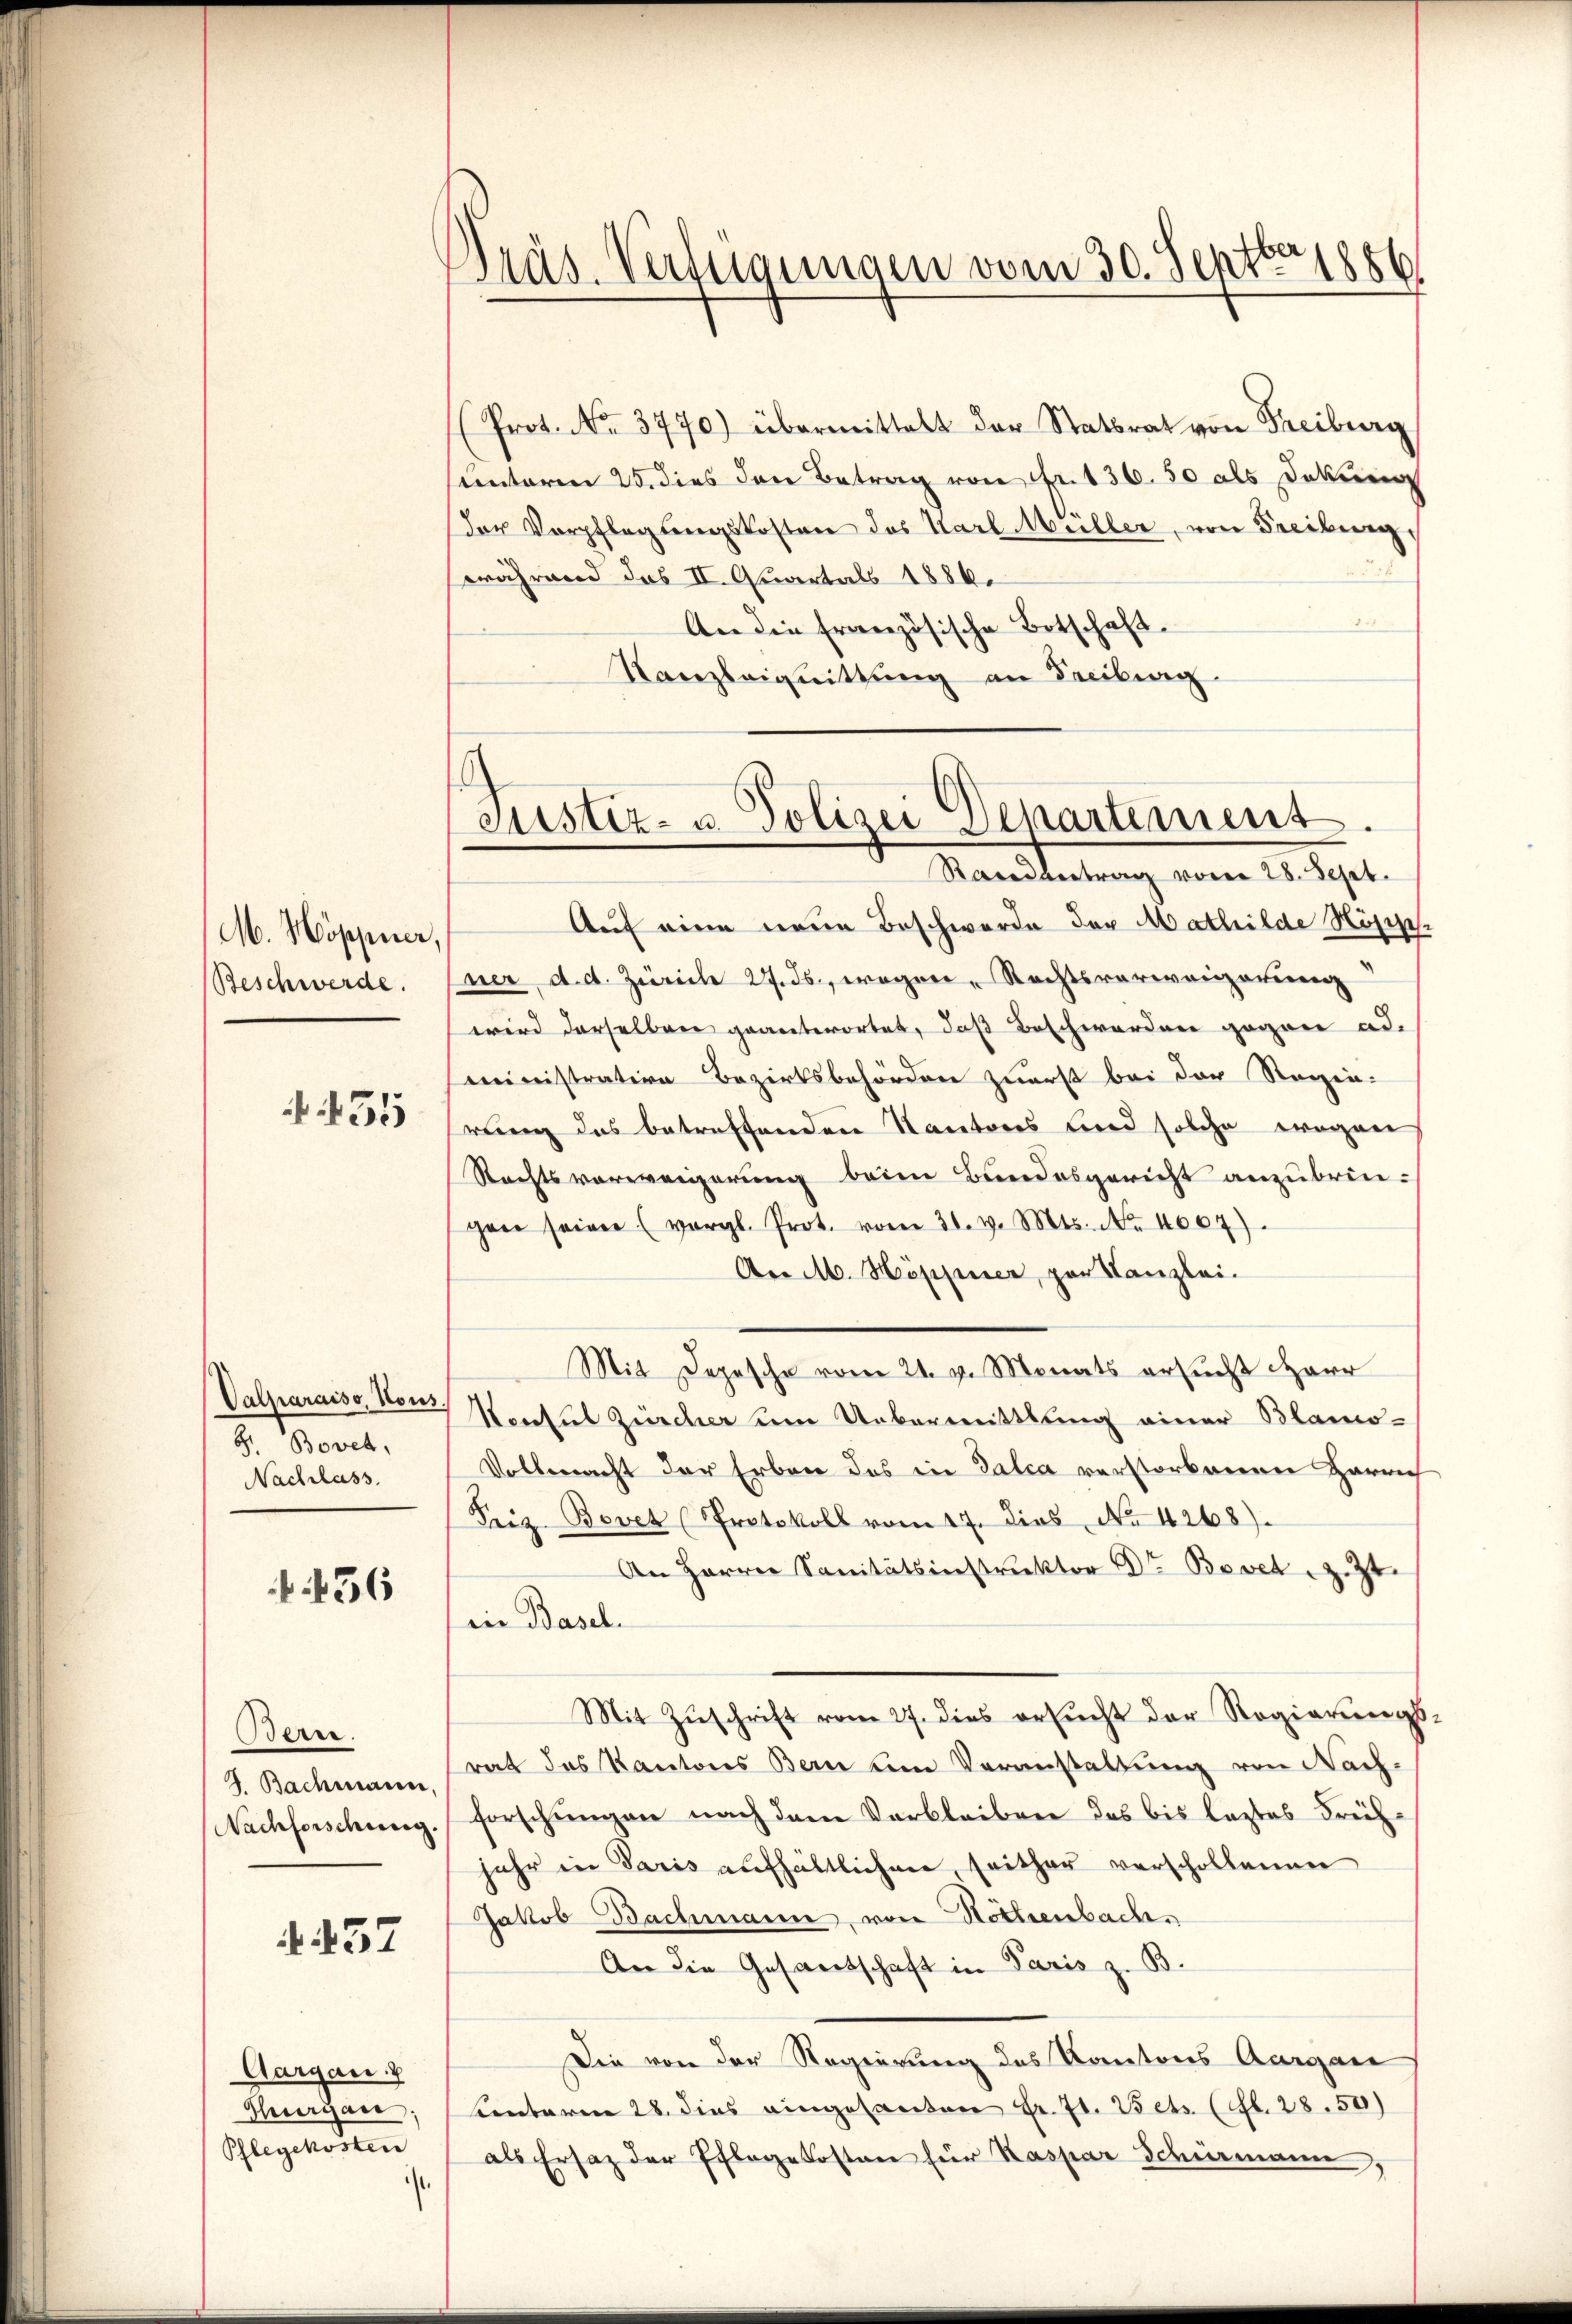
M. Hoppier,
Beschwerde.

455

Valparaiso, Nous.
B. Bovet.
Nachlass.

436

Bern.
J. Bachmann,

4. 437

Aargau
Hergan,
Pflegekosten

Auf eine neue Beschwerde der Mathilde Höpp.
fner, d. d. Zürich 27. ds., wegen Rechtsverweigerung
wird derselben geantwortet, daß Beschworden gegen ad.
ministration Bezirksbehörden zuerst bei der Regin-
rung des betreffenden Kantones und solche wegen
Rechtsverweigerung beim Bundesgericht anzubringen seiner (vergl. Prot. vom 31. v. Mts. No. 4007).
An M. Höppier, par Kanzlei.
Mit Depesche vom 21. v. Monats ersucht Herr
Nontul Zürcher um Uebermittlung einer Blamo¬
Vollmacht der Erben des in Dalia verstorbenen Harrec
Friz Bovet (Protokoll vom 17. dies No 4268).
An Herren Sanitätsinstruktor Dr. Bovet z. Zt.
iin Basel.
Mit Zŭschrift vom 27. dies ersŭcht der Regierŭngs-
rat des Kantons Bern um Veranstaltung von Nach-
Nachforschung. Forschungen nach dem Verbleiben das bis leztes Früh-
jahr in Paris aufhältlichen seither verschollenen
Jakob Bachmann von Hottienbach.
An die Gesandtschaft in Paris z. B.
Die von der Regierung des Kantons Aargau
Centaren 28. dies eingesanten Fr. 71. Vets. (fl. 28. 50)
 als Ersatz der Pflegekosten für Kaspar Schüemann,

Präs. Verfügungen vom 30. Septbr. 1886.

Prot. No. 3770) übermittelt der Statsrat von Freiburg
untoren 25. dies den Betrag von Fr. 136. 50 als Dekung
dor Verpflegungskosten des Karl Müller, von Freiburg,
während das II. Quartals 1886.
An die französische Botschaft.
Kanzleignittŭng an Freiberg.

Justiz- u. Polizei Departement.
Raredbertrag voren 28. Sept.